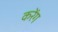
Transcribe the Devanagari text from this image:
करेंग